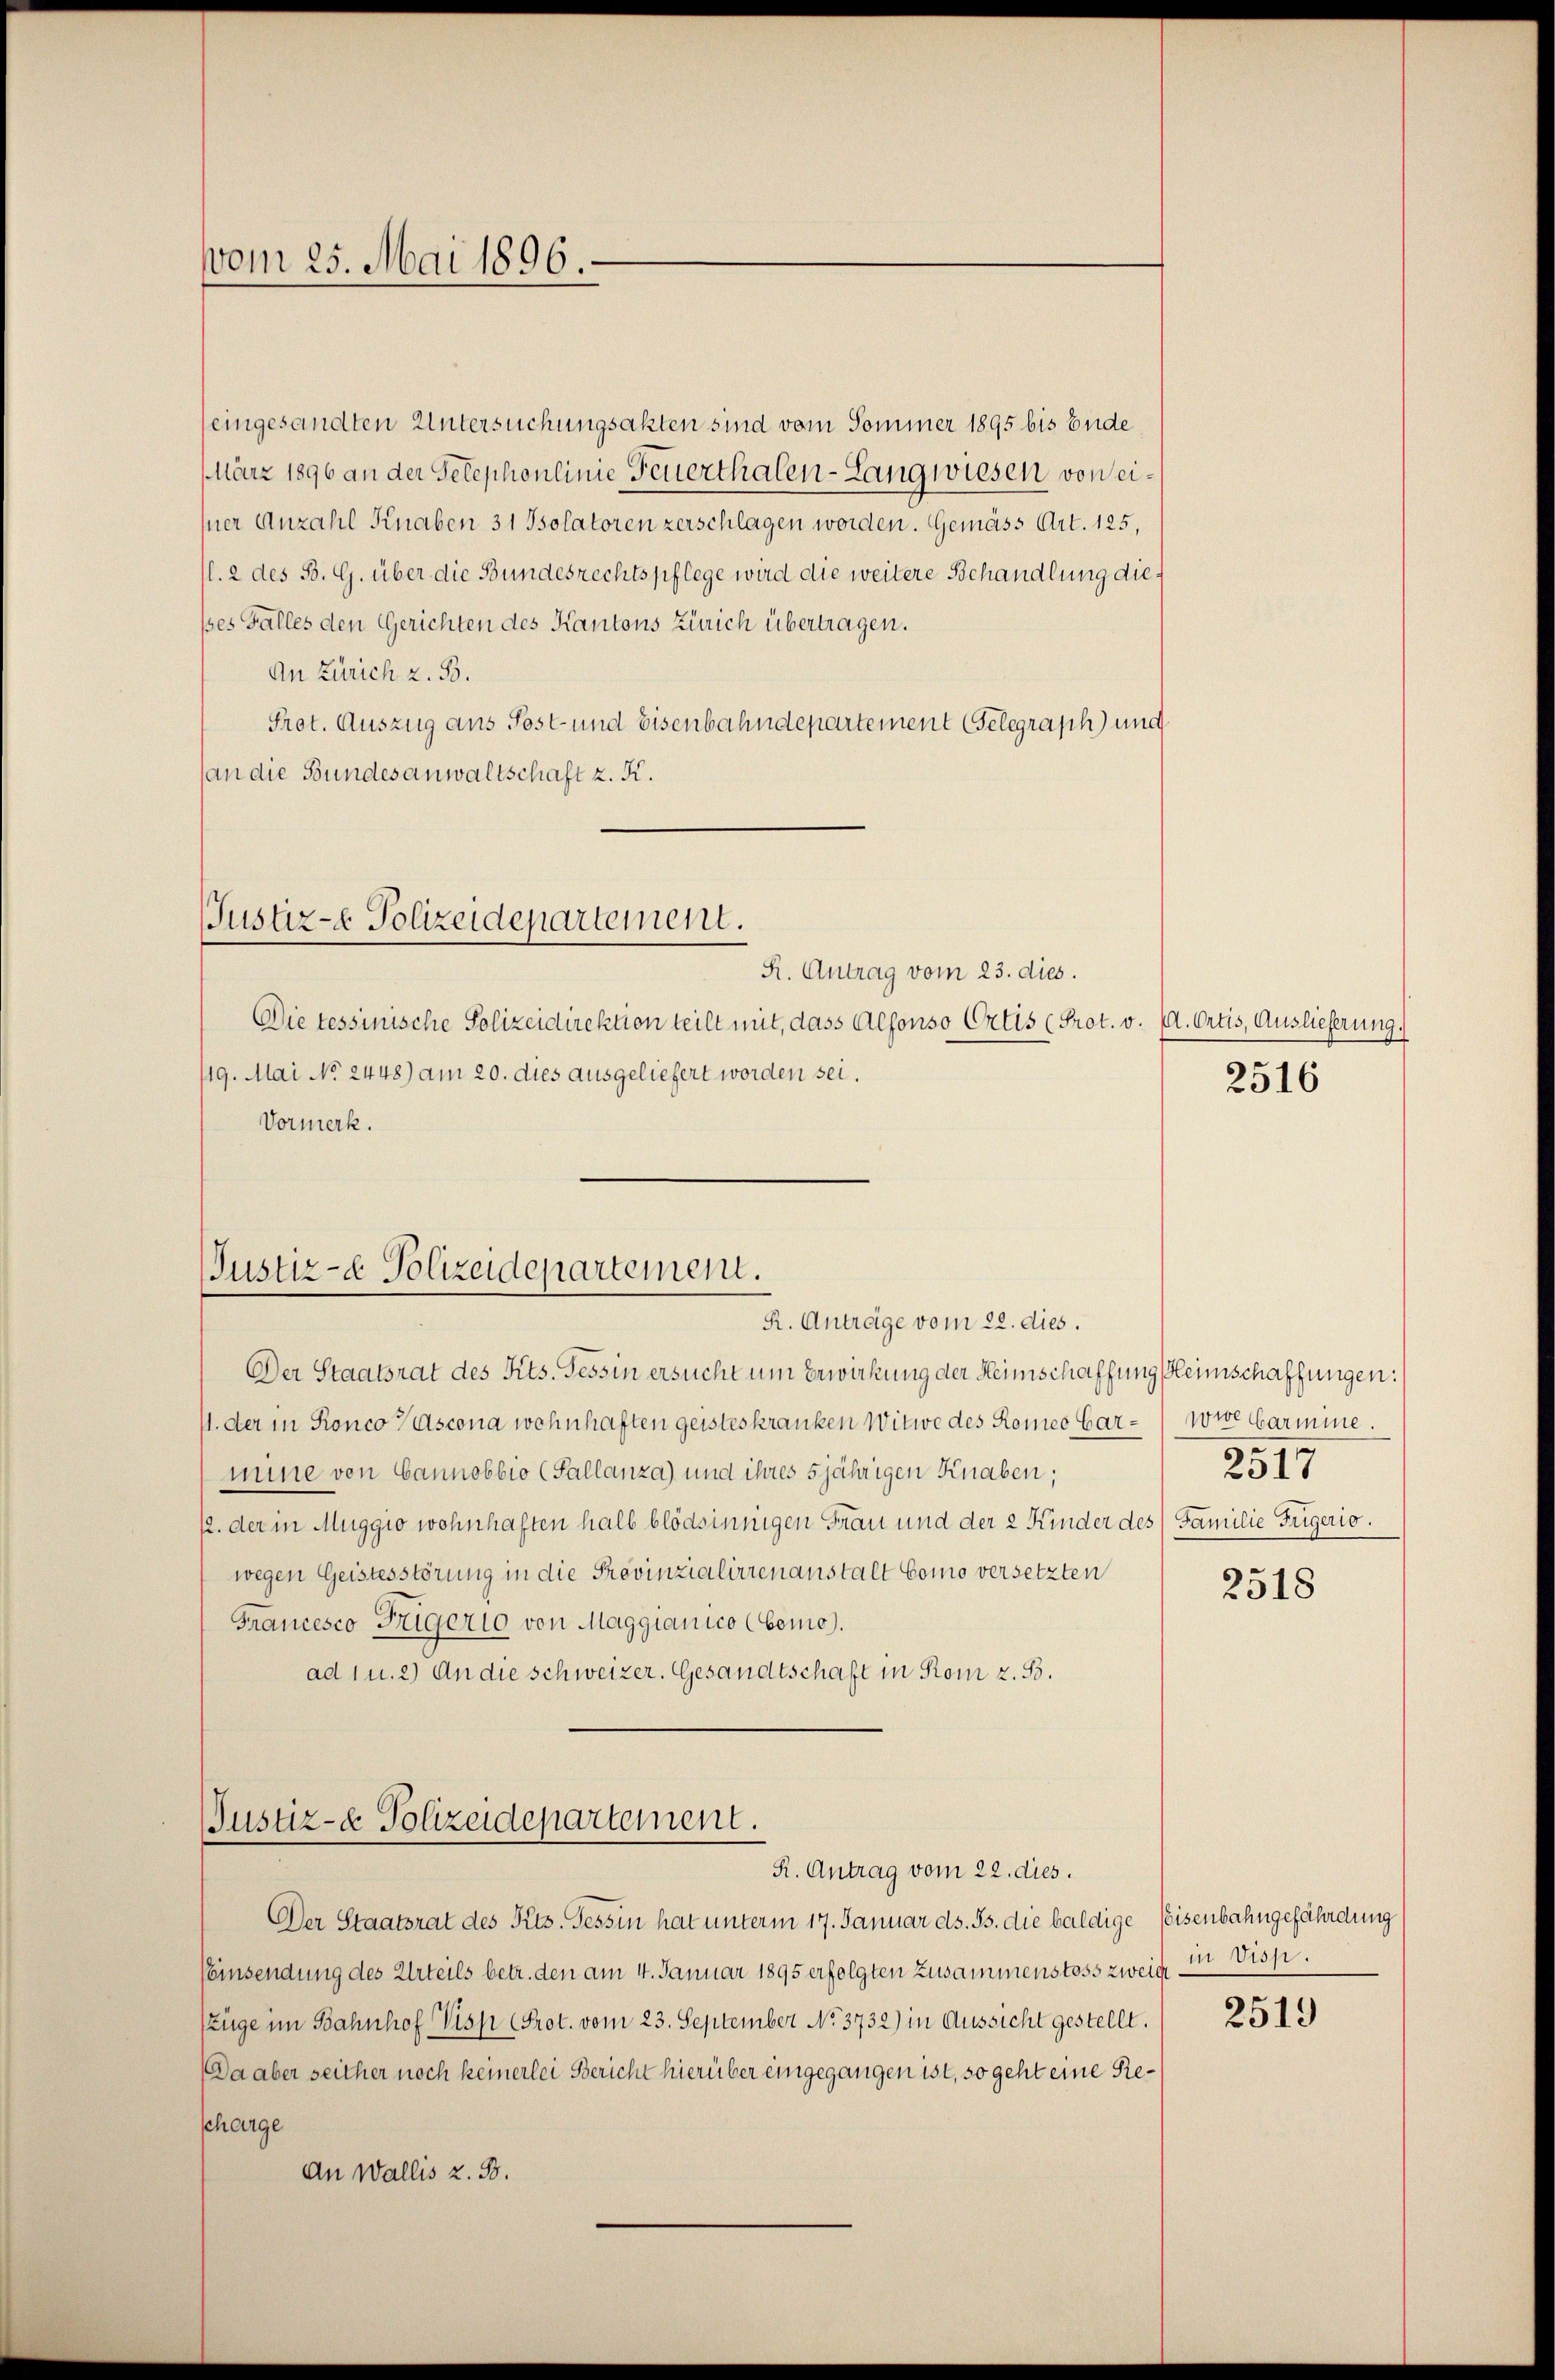
vom 25. Mai 1896.

eingesandten Untersuchungsakten sind vom Sommer 1895 bis Ende
März 1896 an der Telephonlinie Feuerthalen-Langwiesen von eisner Anzahl Knaben 31 Isolatoren zerschlagen worden. Gemäss Art. 125,
1. 2 des B. G. über die Bundesrechtspflege wird die weitere Behandlung diepes Falles den Gerichten des Kantons Zürich übertragen.
An Zürich z. B.
Prot. Auszug aus Post- und Eisenbahndepartement Gelegraph und
(an die Bundesanwaltschaft z. K.

Justiz- Polizeidepartement.

R. Antrag vom 23. dies.
Die tessinische Polizeidirektion teilt mit, dass Alfonso Ortis (Prot. v. M. Ortis, Auslieferung.
119. Mai No 2448) am 20. dies ausgeliefert worden sei.
Vormerk.

Justiz- & Polizeidepartement.
R. Anträge vom 22. dies.

Justiz- & Polizeidepartement.
R. Antrag vom 22. dies.

2516

Der Staatsrat des Kts. Tessin ersucht um Erwirkung der Heimschaffung Heimschaffungen:
I. der in Ronco Vascona wohnhaften geisteskranken Witwe des Romeo Gar- wie Garmine.
mine von Cannobbio (Pallanza) und ihres 5jährigen Knaben;
12. der in Muggio wohnhaften halb blödsinnigen Frau und der 2 Kinder des (Familie Trigerio.
wegen Geistesstörung in die Provinzialirrenanstalt Como versetzten
Francesco Trigert von Maggianico (Como).
ad 1 u. 2) An die schweizer. Gesandtschaft in Rom z. B.

Der Staatsrat des Kts. Tessin hat unterm 17. Januar ds. Gs. die baldige Eisenbahngefährdung
Eeinsendung des Urteils betr. den am 4. Januar 1895 erfolgten Zusammenstoss zweige
Züge im Bahnhof Visp (Prot. vom 23. September No. 3732) in Aussicht gestellt.
Da aber seither noch keinerlei Bericht hierüber eingegangen ist, so geht eine Rescharge
An Wallis z. B.

2517

2518

in Disp.

2519